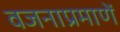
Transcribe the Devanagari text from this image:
वजनाप्रमाणें